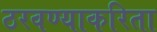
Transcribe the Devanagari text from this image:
ठरवण्याकरिता